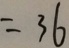
= 3 6